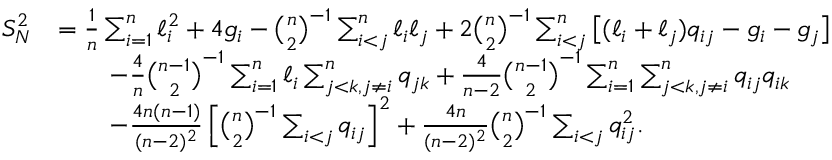
\begin{array} { r l } { S _ { N } ^ { 2 } } & { = \frac { 1 } { n } \sum _ { i = 1 } ^ { n } \ell _ { i } ^ { 2 } + 4 g _ { i } - \binom { n } { 2 } ^ { - 1 } \sum _ { i < j } ^ { n } \ell _ { i } \ell _ { j } + 2 \binom { n } { 2 } ^ { - 1 } \sum _ { i < j } ^ { n } \big [ ( \ell _ { i } + \ell _ { j } ) q _ { i j } - g _ { i } - g _ { j } \big ] } \\ & { \qquad - \frac { 4 } { n } \binom { n - 1 } { 2 } ^ { - 1 } \sum _ { i = 1 } ^ { n } \ell _ { i } \sum _ { j < k , j \neq i } ^ { n } q _ { j k } + \frac { 4 } { n - 2 } \binom { n - 1 } { 2 } ^ { - 1 } \sum _ { i = 1 } ^ { n } \sum _ { j < k , j \neq i } ^ { n } q _ { i j } q _ { i k } } \\ & { \qquad - \frac { 4 n ( n - 1 ) } { ( n - 2 ) ^ { 2 } } \left[ \binom { n } { 2 } ^ { - 1 } \sum _ { i < j } q _ { i j } \right] ^ { 2 } + \frac { 4 n } { ( n - 2 ) ^ { 2 } } \binom { n } { 2 } ^ { - 1 } \sum _ { i < j } q _ { i j } ^ { 2 } . } \end{array}